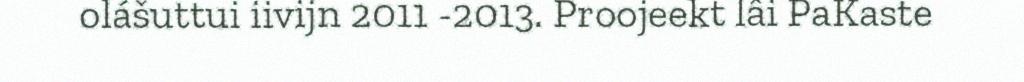
olášuttui iivijn 2011 -2013. Proojeekt lâi PaKaste